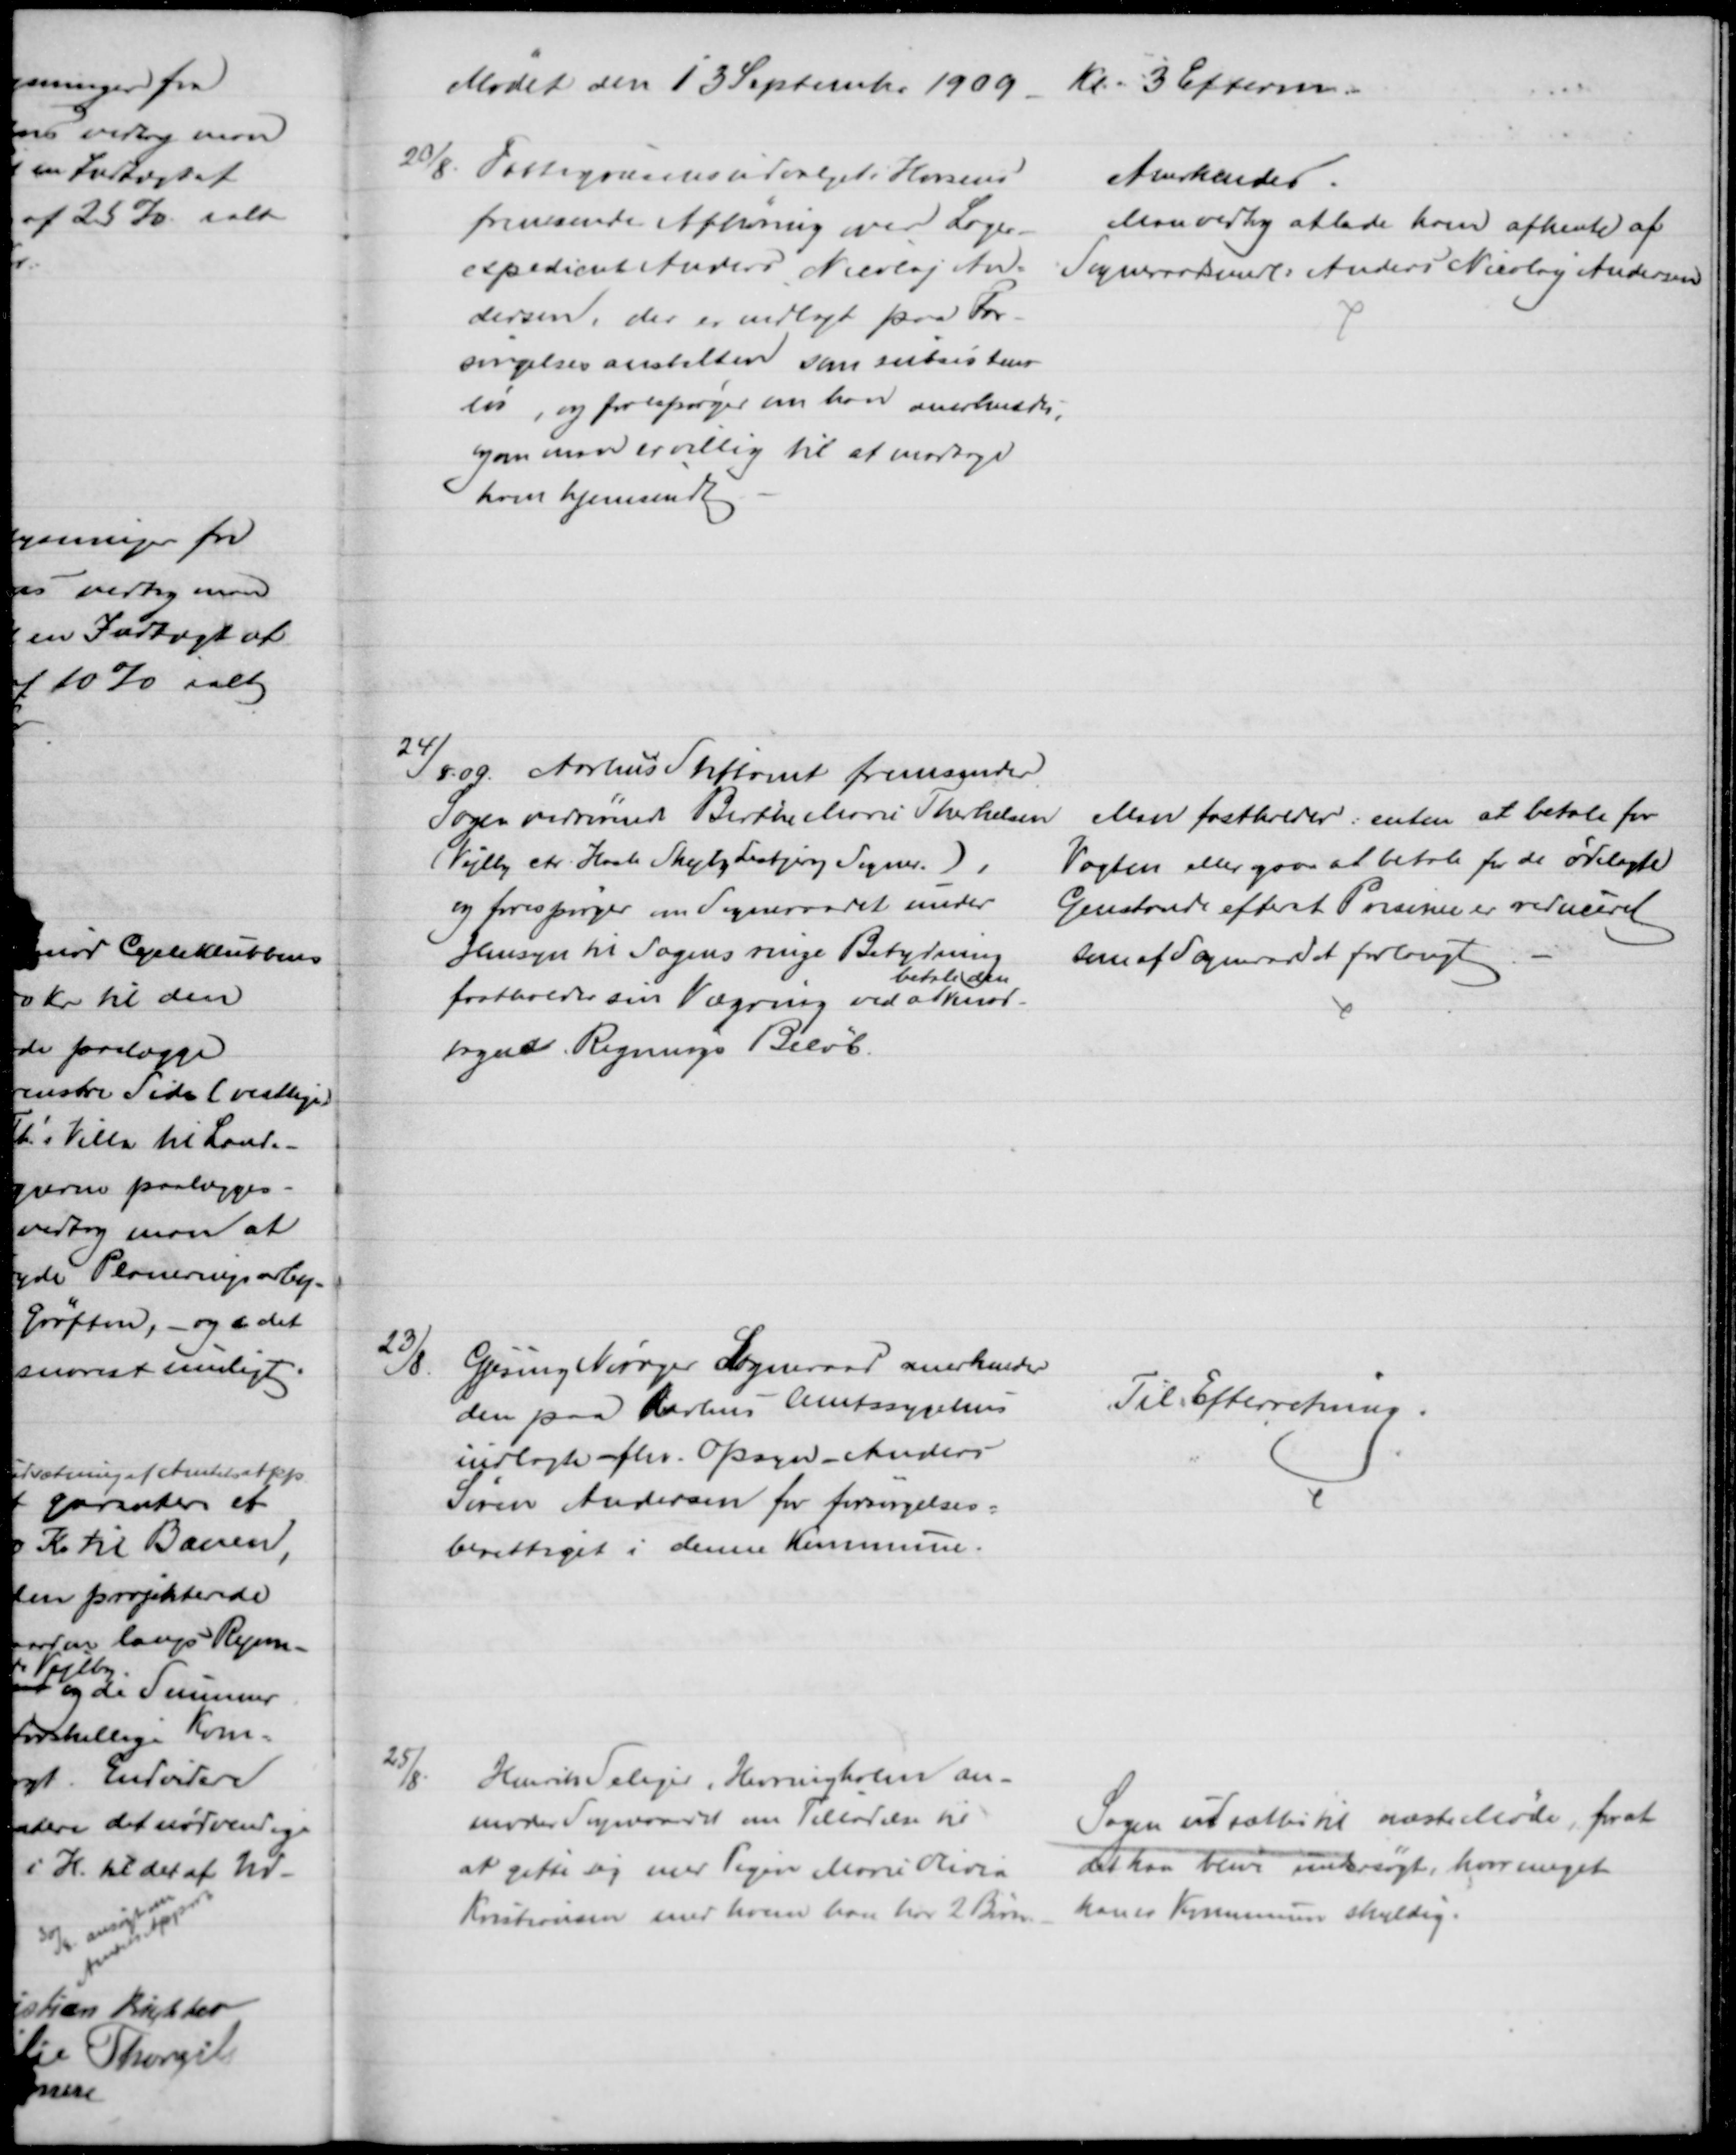
Transskription:
Mødet den 13 September 1909 Kl. 3 Efterm.
20/8. Fattigvæsensudvalget i Horsens
fremsender Afhøring over Lager-
expedient Anders Nicolaj An=
dersen, der er indlagt paa For-
sørgelsesanstalten som subsistens-
løs, og forespørger om han anerkendes,
og om man er villig til at modtage
ham hjemsendt
Anerkendes.
Man vedtog at lade ham afhente af
Sogneraadsmedl: Anders Nicolaj Andersen
24/8. 09. Aarhus Stiftamt fremsender
Sagen vedrørende Birthe Marie Therkelsen
(Vejlby ctr. Hasle Skejby Lisbjerg Sogner.)
og forespørger om Sogneraadet under
Hensyn til Sagens ringe Betydning
fastholder sin Vægring ved at 
betale den
mod-
tagne Regnings Beløb.
Man fastholder: enten at betale for
Vagten eller paa at betale for de ødelagte
Genstande efterat Priserne er reduceret
som af Sogneraadet forlangt
23/8.
Gjesing Nørager Sogneraad anerkender
den paa Aarhus Amtssygehus
indlagte fhv. Opsyn - Anders
Søren Andersen for forsørgelses=
berettiget i denne Kommune.
Til Efterretning
25/8.
Henrik Seliger, Hevringholm an-
moder Sogneraadet om Tilladelse til
at gifte sig med Pigen Marie Olivia
Kristiansen med hvem han har 2 Børn
Sagen udsættes til næste Møde, for at
det kan blive undersøgt, hvor meget
han er Kommunen skyldig.